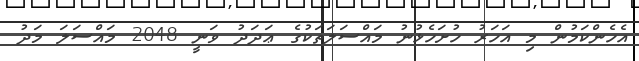
އެހެންކަމުން މި އަހަރު ހުށަހެޅުނު މައްސަލަތަކުގެ ޢަދަދު ވަނީ 2048 މައްސަލަ މަދު